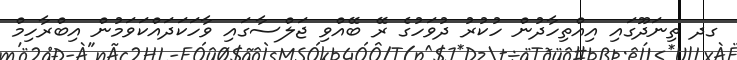
ގދ ތިނަދޫގައި އިއްތިހާދުން ހުކުރު ދުވަހުގެ ރޭ ބޭއްވި ޖަލްސާގައި ވާހަަކަދައްކަވަަމުން އިބްރާހިމް